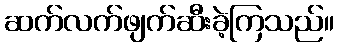
ဆက်လက်ဖျက်ဆီးခဲ့ကြသည်။